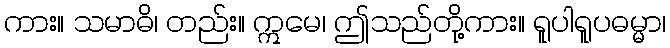
ကား။ သမာဓိ၊ တည်း။ ဣမေ၊ ဤသည်တို့ကား။ ရူပါရူပဓမ္မာ၊